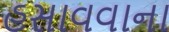
હસાવવાના